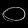
Digit: ၀